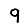
Digit: 9